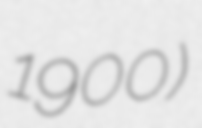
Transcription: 1900)